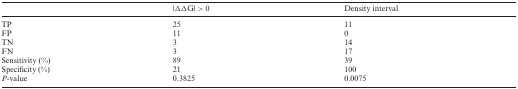
|  | |ΔΔG| > 0 | Density interval |
 | --- | --- | --- |
 | TP | 25 | 11 |
 | FP | 11 | 0 |
 | TN | 3 | 14 |
 | FN | 3 | 17 |
 | Sensitivity (%) | 89 | 39 |
 | Specificity (%) | 21 | 100 |
 | P-value | 0.3825 | 0.0075 |